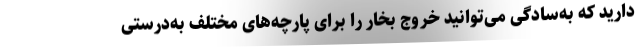
دارید که به‌سادگی می‌توانید خروج بخار را برای پارچه‌های مختلف به‌درستی